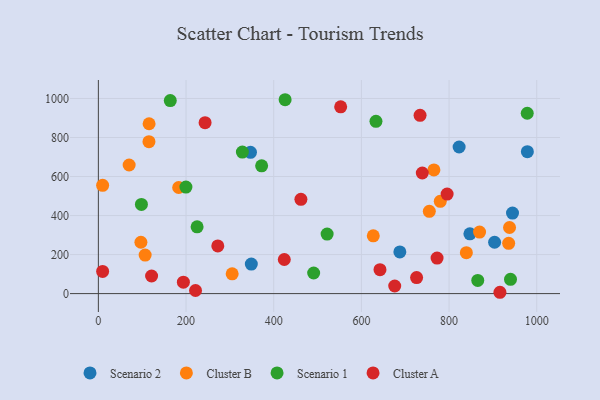
{"axis": {"x": "Investment", "y": "Salary"}, "legend": ["Cluster A", "Cluster B", "Scenario 1", "Scenario 2"], "data": [{"x": "944.7", "y": 412.5, "type": "Scenario 2"}, {"x": "847.5", "y": 306.6, "type": "Scenario 2"}, {"x": "822.9", "y": 751.4, "type": "Scenario 2"}, {"x": "348.9", "y": 151.1, "type": "Scenario 2"}, {"x": "903.8", "y": 263.1, "type": "Scenario 2"}, {"x": "687.7", "y": 213.8, "type": "Scenario 2"}, {"x": "978.6", "y": 727.5, "type": "Scenario 2"}, {"x": "347.0", "y": 724.1, "type": "Scenario 2"}, {"x": "839.4", "y": 209.7, "type": "Cluster B"}, {"x": "305.2", "y": 101.6, "type": "Cluster B"}, {"x": "115.4", "y": 778.8, "type": "Cluster B"}, {"x": "765.4", "y": 633.9, "type": "Cluster B"}, {"x": "106.7", "y": 197.5, "type": "Cluster B"}, {"x": "869.5", "y": 315.2, "type": "Cluster B"}, {"x": "935.9", "y": 257.5, "type": "Cluster B"}, {"x": "97.0", "y": 263.3, "type": "Cluster B"}, {"x": "754.9", "y": 421.9, "type": "Cluster B"}, {"x": "115.7", "y": 870.4, "type": "Cluster B"}, {"x": "627.1", "y": 296.3, "type": "Cluster B"}, {"x": "183.2", "y": 543.7, "type": "Cluster B"}, {"x": "9.7", "y": 554.8, "type": "Cluster B"}, {"x": "70.2", "y": 659.2, "type": "Cluster B"}, {"x": "937.9", "y": 338.8, "type": "Cluster B"}, {"x": "779.9", "y": 472.9, "type": "Cluster B"}, {"x": "225.2", "y": 342.0, "type": "Scenario 1"}, {"x": "372.4", "y": 655.0, "type": "Scenario 1"}, {"x": "164.0", "y": 989.2, "type": "Scenario 1"}, {"x": "491.1", "y": 105.7, "type": "Scenario 1"}, {"x": "98.2", "y": 456.9, "type": "Scenario 1"}, {"x": "978.3", "y": 924.3, "type": "Scenario 1"}, {"x": "521.8", "y": 305.0, "type": "Scenario 1"}, {"x": "940.1", "y": 73.4, "type": "Scenario 1"}, {"x": "633.2", "y": 883.0, "type": "Scenario 1"}, {"x": "328.5", "y": 725.4, "type": "Scenario 1"}, {"x": "426.0", "y": 993.6, "type": "Scenario 1"}, {"x": "199.7", "y": 545.8, "type": "Scenario 1"}, {"x": "865.4", "y": 67.7, "type": "Scenario 1"}, {"x": "795.5", "y": 510.2, "type": "Cluster A"}, {"x": "424.1", "y": 174.7, "type": "Cluster A"}, {"x": "193.9", "y": 58.7, "type": "Cluster A"}, {"x": "738.9", "y": 618.1, "type": "Cluster A"}, {"x": "642.4", "y": 122.7, "type": "Cluster A"}, {"x": "552.7", "y": 957.1, "type": "Cluster A"}, {"x": "272.4", "y": 244.2, "type": "Cluster A"}, {"x": "462.0", "y": 483.1, "type": "Cluster A"}, {"x": "243.4", "y": 875.9, "type": "Cluster A"}, {"x": "9.7", "y": 113.5, "type": "Cluster A"}, {"x": "676.0", "y": 39.0, "type": "Cluster A"}, {"x": "725.9", "y": 82.1, "type": "Cluster A"}, {"x": "916.0", "y": 6.8, "type": "Cluster A"}, {"x": "772.6", "y": 182.0, "type": "Cluster A"}, {"x": "121.4", "y": 90.1, "type": "Cluster A"}, {"x": "733.8", "y": 913.4, "type": "Cluster A"}, {"x": "221.6", "y": 16.0, "type": "Cluster A"}]}